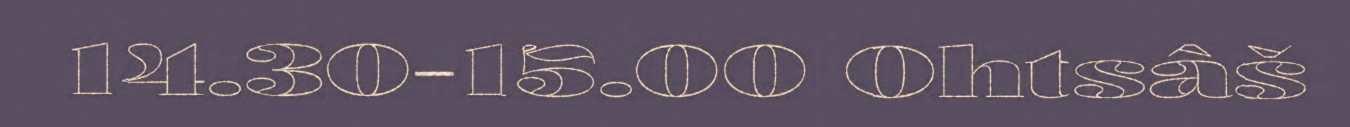
14.30-15.00 Ohtsâš